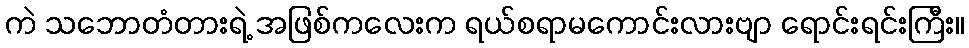
ကဲ သဘောတံတားရဲ့ အဖြစ်ကလေးက ရယ်စရာမကောင်းလားဗျာ ရောင်းရင်းကြီး။